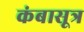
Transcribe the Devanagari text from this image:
कंबासूत्र